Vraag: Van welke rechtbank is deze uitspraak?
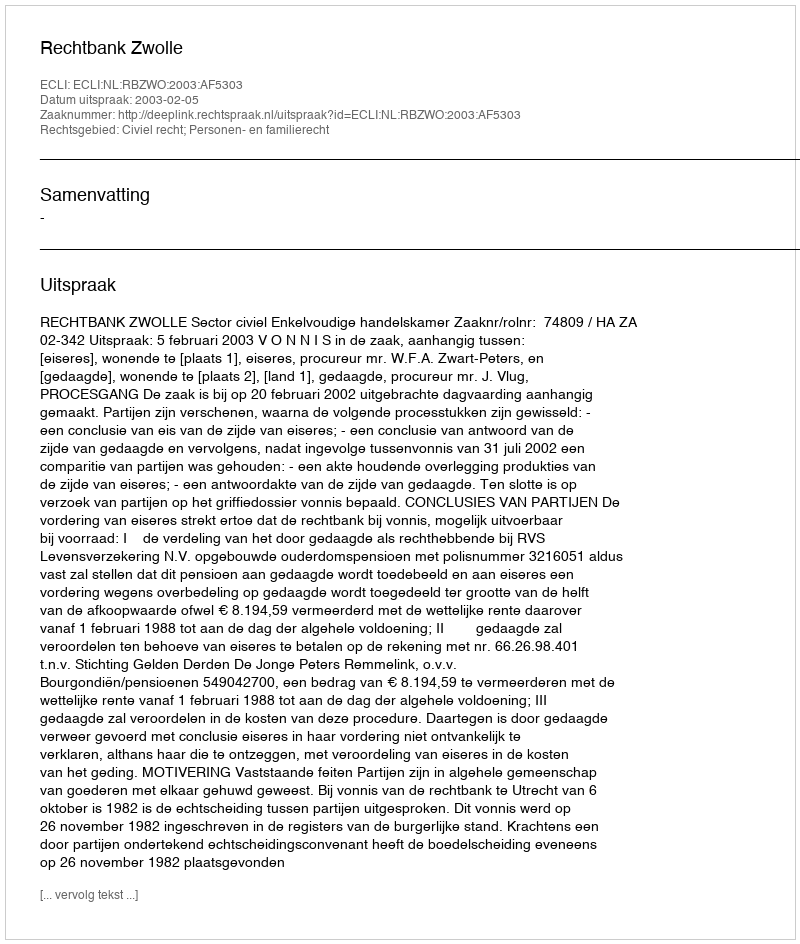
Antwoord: Rechtbank Zwolle